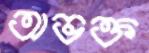
অভক্ত